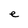
Character: e